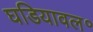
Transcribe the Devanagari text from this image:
घडियावल॰